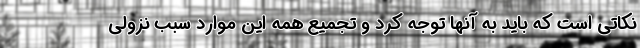
نکاتی است که باید به آنها توجه کرد و تجمیع همه این موارد سبب نزولی